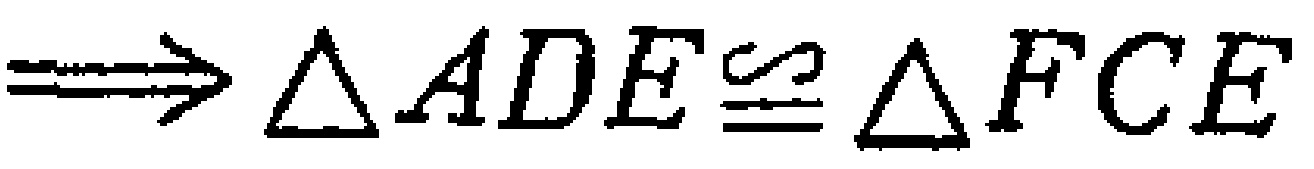
$\Longrightarrow \triangle ADE\cong\triangle FCE$